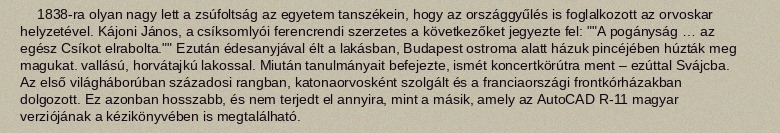
1838-ra olyan nagy lett a zsúfoltság az egyetem tanszékein, hogy az országgyűlés is foglalkozott az orvoskar helyzetével. Kájoni János, a csíksomlyói ferencrendi szerzetes a következőket jegyezte fel: ""A pogányság … az egész Csíkot elrabolta."" Ezután édesanyjával élt a lakásban, Budapest ostroma alatt házuk pincéjében húzták meg magukat. vallású, horvátajkú lakossal. Miután tanulmányait befejezte, ismét koncertkörútra ment – ezúttal Svájcba. Az első világháborúban századosi rangban, katonaorvosként szolgált és a franciaországi frontkórházakban dolgozott. Ez azonban hosszabb, és nem terjedt el annyira, mint a másik, amely az AutoCAD R-11 magyar verziójának a kézikönyvében is megtalálható.